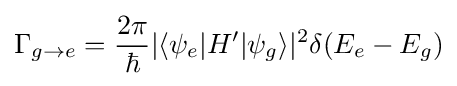
\Gamma _{g\to e}={\frac {2\pi }{\hbar }}|\langle \psi _{e}|H'|\psi _{g}\rangle |^{2}\delta (E_{e}-E_{g})